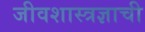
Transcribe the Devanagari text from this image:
जीवशास्त्रज्ञाची